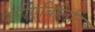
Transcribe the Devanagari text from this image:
पर्मीएबिलिटिज